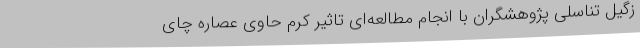
زگیل تناسلی پژوهشگران با انجام مطالعه‌ای تاثیر کرم حاوی عصاره چای